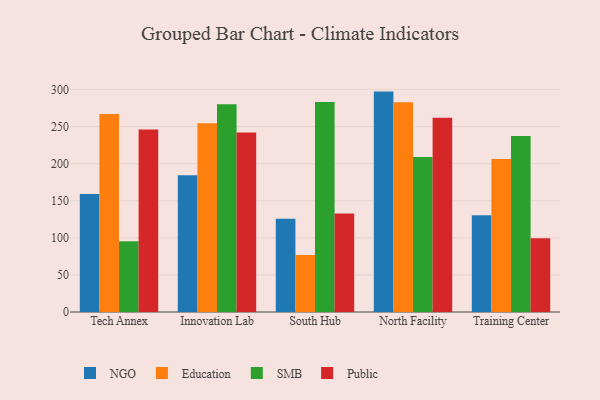
{"axis": {"x": "Campus", "y": "Backlog"}, "legend": ["Education", "NGO", "Public", "SMB"], "data": [{"x": "Tech Annex", "y": 158.9, "type": "NGO"}, {"x": "Tech Annex", "y": 266.9, "type": "Education"}, {"x": "Tech Annex", "y": 95.3, "type": "SMB"}, {"x": "Tech Annex", "y": 246.1, "type": "Public"}, {"x": "Innovation Lab", "y": 184.4, "type": "NGO"}, {"x": "Innovation Lab", "y": 254.6, "type": "Education"}, {"x": "Innovation Lab", "y": 280.0, "type": "SMB"}, {"x": "Innovation Lab", "y": 242.1, "type": "Public"}, {"x": "South Hub", "y": 125.7, "type": "NGO"}, {"x": "South Hub", "y": 76.8, "type": "Education"}, {"x": "South Hub", "y": 283.1, "type": "SMB"}, {"x": "South Hub", "y": 132.8, "type": "Public"}, {"x": "North Facility", "y": 297.1, "type": "NGO"}, {"x": "North Facility", "y": 282.9, "type": "Education"}, {"x": "North Facility", "y": 208.9, "type": "SMB"}, {"x": "North Facility", "y": 261.8, "type": "Public"}, {"x": "Training Center", "y": 130.5, "type": "NGO"}, {"x": "Training Center", "y": 206.2, "type": "Education"}, {"x": "Training Center", "y": 237.3, "type": "SMB"}, {"x": "Training Center", "y": 99.4, "type": "Public"}]}